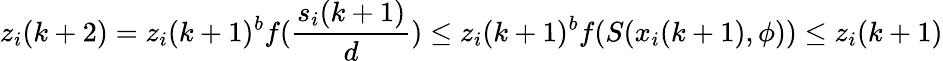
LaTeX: z_{i}(k+2)=z_{i}(k+1)^{b}f(\frac{s_{i}(k+1)}{d})\leq z_{i}(k+1)^{b}f(S(x_{i}(k+1),\phi))\leq z_{i}(k+1)